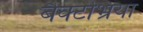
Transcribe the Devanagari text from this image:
बैक्टभ्रिया